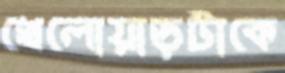
খেলোয়াড়টাকে